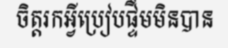
ចិត្តរកអ្វីប្រៀបផ្ទឹមមិនបាន